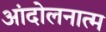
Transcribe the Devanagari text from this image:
आंदोलनात्म